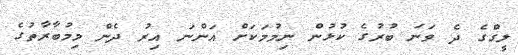
ލީގްގެ ދެ ވަނަ ބުރުގެ ކުޅުން ނިމުމަކަށް އަންނަ އިރު ދެން މިމުބާރާތުގެ